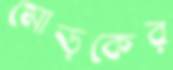
মোড়কের